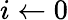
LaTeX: i\leftarrow 0